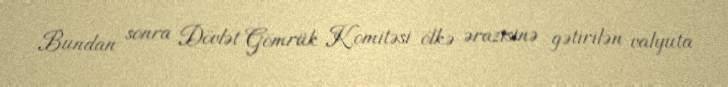
Bundan sonra Dövlət Gömrük Komitəsi ölkə ərazisinə gətirilən valyuta